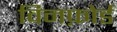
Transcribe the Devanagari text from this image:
विनफ़ोर्ड